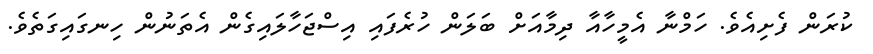
ކުރަން ފެށިއެވެ. ހަމްނާ އެމީހާއާ ދިމާއަށް ބަލަން ހުރެފައި އިސްޖަހާލައިގެން އެތަނުން ހިނގައިގަތެވެ.